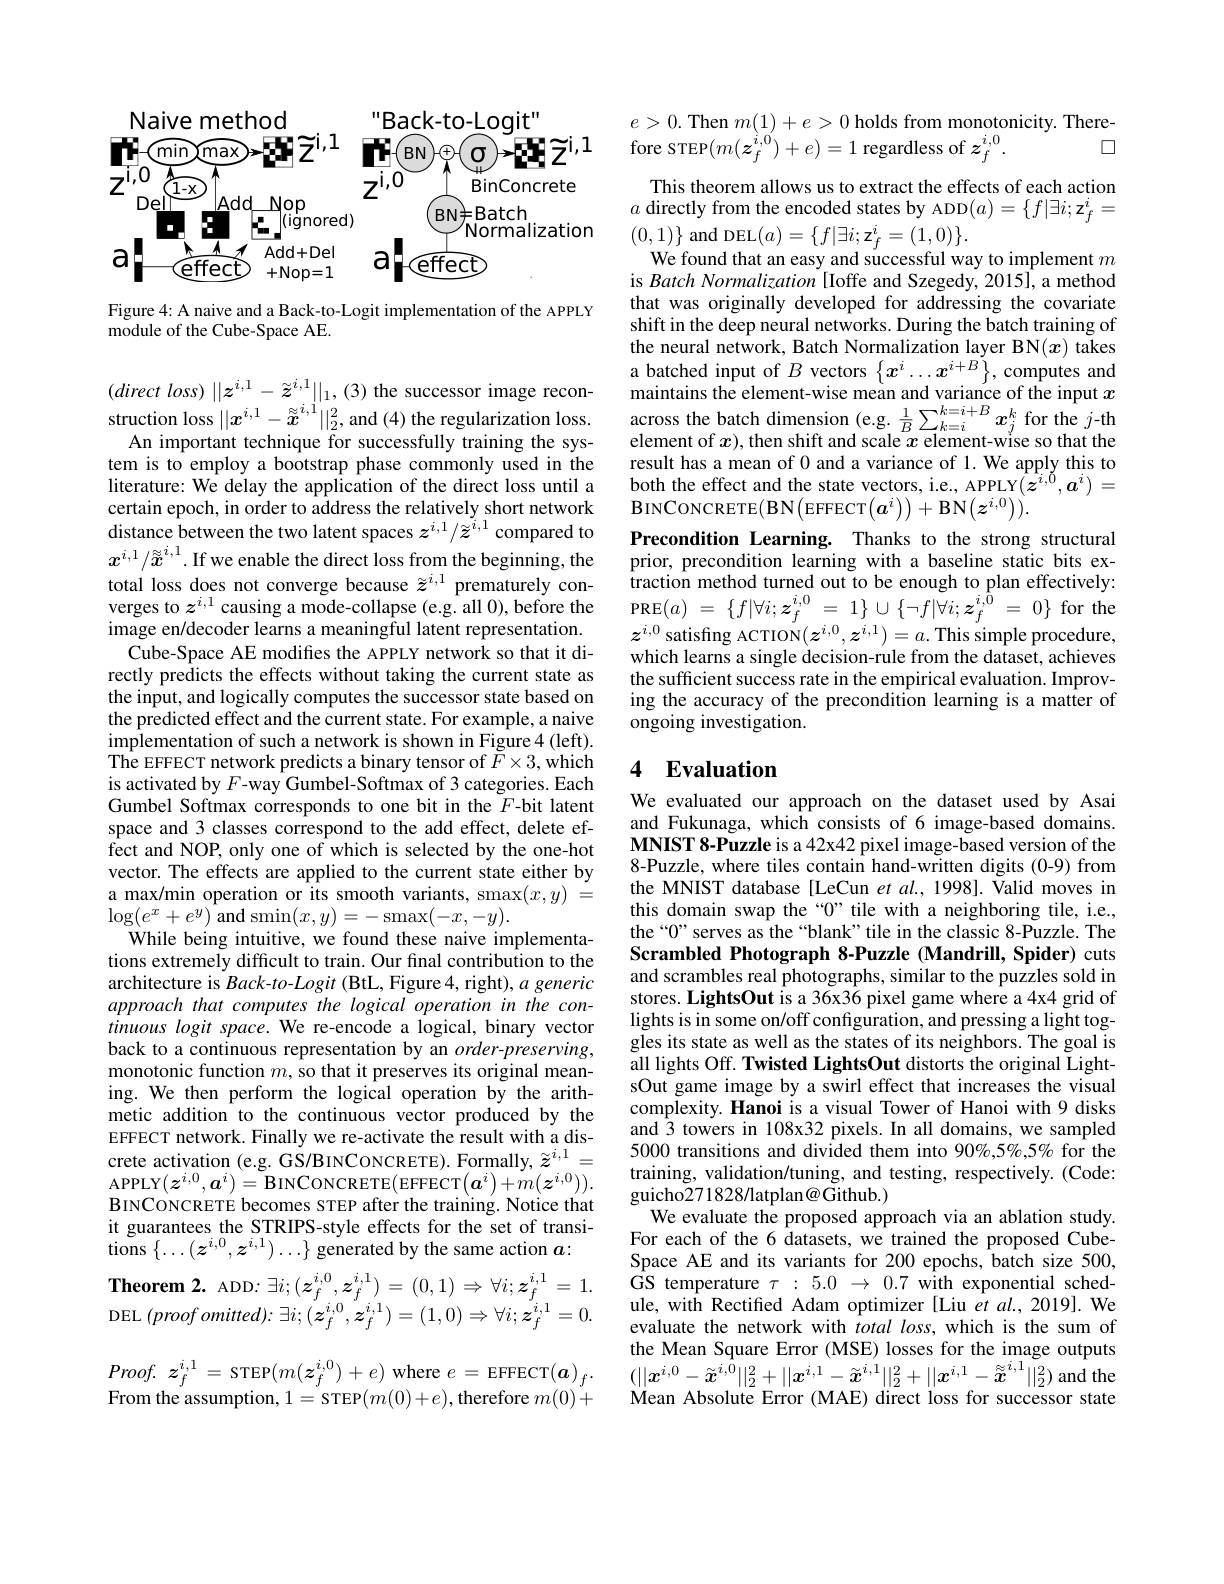
Naive method
Back-to-Loqit"
$\mathbf{H}_{\text{ABCOma}}\times\mathbf{E}^{i,1}$ FECN$\oplus \textcircled {\mathrm{o} }\to \mathbf{E} \widetilde{\mathrm{Z} } ^{i, 1}$
$z^{\mathrm{i,0}}\underbrace{z^{\mathrm{i,0}}}_{\underbrace{1-x}}$
$z^{\mathrm{i,0}}$
BinConcrete
$|_{\mathrm{Add}}$ Nop
Del
$BN\neq Batch$
$\square\underline{\text{Aud} \square}$
Normalization
$a!\xrightarrow{\text{effect}}$Add+Del
$a_{\text{Heffect}}$

Figure 4: A naive and a Back-to-Logit implementation of the APPLY
$\bar{\text{module of the Cube-Space AE}}.$

$( direct\textit{loss) }| | z^{i, 1}- \tilde{z} ^{i, 1}| | _1, ( 3)$ the successor image recon-
An important technique for successfully training the system is to employ a bootstrap phase commonly used in the literature: We delay the application of the direct loss until a certain epoch, in order to address the relatively short network distance between the two latent spaces $z^i,1/\tilde{z}^{i,1}$ compared to $x^{i,1}/\tilde{x}^{i,1}.$If we enable the direct loss from the beginning, the total loss does not converge because $\widetilde z^{i,1}$ prematurely converges to $z^i,1$ causing a mode-collapse (e.g. all 0),before the image en/decoder learns a meaningful latent representation.
Cube-Space AE modifes the APPLY network so that it directly predicts the effects without taking the current state as the input, and logically computes the successor state based on the predicted effect and the current state. For example, a naive implementation of such a network is shown in Figure 4 (left). $\hat{\text{The EFFECT network predicts a binary tensor of }\tilde{F}\times3,\mathrm{which}}$ is activated by $F$-way Gumbel-Softmax of 3 categories. Each Gumbel Softmax corresponds to one bit in the $F$-bit latent space and 3 classes correspond to the add effect, delete effect and NOP, only one of which is selected by the one-hot vector. The effects are applied to the current state either by a max/min operation or its smooth variants, $\operatorname*{smax}(x,y)=$ $\log(e^{x}+e^{y})$and$\operatorname*{smin}(x,y)=-\operatorname*{smax}(-x,-y).$
While being intuitive, we found these naive implementations extremely difficult to train. Our final contribution to the architecture is Back-to-Logit (BtL, Figure 4, right), a generic approach that computes the logical operation in the continuous logit space. We re-encode a logical, binary vector back to a continuous representation by an $order-preserving$, monotonic function $m$, so that it preserves its original meaning. We then perform the logical operation by the arithmetic addition to the continuous vector produced by the EFFECT network. Finally we re-activate the result with a discrete activation (e.g. GS/BINCONCRETE). Formally, $\tilde{z}^{i,1}=$ APPLY$(\boldsymbol z^{i,0},\boldsymbol{a}^i)=$BINCONCRETE$(\boldsymbol a^i)+m(\boldsymbol z^{i,0})).$ BINCONCRETE becomes STEP after the training. Notice that it guarantees the STRIPS-style effects for the set of transi- $\textbf{Theorem 2. ADD: }\exists i; ( z_{f}^{i, 0}, z_{f}^{i, 1}) = ( 0, 1) \Rightarrow \forall i; z_{f}^{i, 1}= 1.$ DEL $(proofomitted)\colon\exists i;(z_{f}^{i,0},z_{f}^{i,1})=(1,0)\Rightarrow\forall i;z_{f}^{i,1}=0.$

$Proof.$ $z_{f}^{i, 1}=$ STEP$(m(\boldsymbol{z}_{f}^{i,0})+e)$ where $e=$ EFFECT$(\boldsymbol a)_f.$

From the assumption, 1= STEP$( m( 0) + e) $,therefore $m(0)+$

$e>0.$ Then $m(1)+e>0$ holds from monotonicity. There-
$\square$
fore sTEP$(m(\boldsymbol{z}_{f}^{i,0})+e)=1$ regardless of $\boldsymbol z_f^{i,0}.$

This theorem allows us to extract the effects of each action $a$ directly from the encoded states by ADD$(a)=\{f|\exists i;\mathbf{z}_f^i=$

$(0,1)\}$ and DEL$(a)=\{f|\exists i;\mathbf{z}_{f}^{i}=(1,0)\}.$
We found that an easy and successful way to implement $m$ is Batch Normalization [Ioffe and Szegedy, 2015], a method that was originally developed for addressing the covariate shift in the deep neural networks. During the batch training of the neural network, Batch Normalization layer BN$( x)$ takes a batched input of $B$ vectors $\{ x^i\ldots x^{i+ B}\} $, computes and maintains the element- wise mean and variance of the input $x$
element of $x)$,then shift and scale $x$ element-wise so that the result has a mean of 0 and a variance of 1. We apply this to $\begin{array}{l}{\mathrm{both~the~effect~and~the~state~vectors,~i.e.,~APPLY}(\boldsymbol{z}^{i,\tilde{0}},\boldsymbol{a}^{i})=}\\{\mathrm{BINCONCRETE(BN(EFFECT(a^{i}))+BN}(\boldsymbol{z}^{i,0})).}\end{array}$ Precondition Learning. Thanks to the strong structural prior, precondition learning with a baseline static bits extraction method turned out to be enough to plan effectively: PRE$( a)$ = $\{ f| \forall i; z_{f}^{i, 0}$ = $1\}$ $\cup$ $\{ \neg f| \forall i; z_{f}^{i, \hat{0} }$ = $0\}$ for the $z^{i,0}$ satisfıng ACTION$(z^i,0,z^{i,1})=a.$ This simple procedure, which learns a single decision-rule from the dataset, achieves the sufficient success rate in the empirical evaluation. Improving the accuracy of the precondition learning is a matter of ongoing investigation.

## 4 Evaluation

We evaluated our approach on the dataset used by Asai and Fukunaga, which consists of 6 image-based domains. MNIST 8-Puzzle is a 42x42 pixel image-based version of the 8-Puzzle, where tiles contain hand-written digits (0-9) from the MNIST database [LeCun et al., 1998]. Valid moves in this domain swap the“0” tile with a neighboring tile, i.e., the“0”serves as the“blank”tile in the classic 8-Puzzle. The Scrambled Photograph 8-Puzzle (Mandrill, Spider) cuts and scrambles real photographs, similar to the puzzles sold in stores. LightsOut is a 36x36 pixel game where a 4x4 grid of lights is in some on/off configuration, and pressing a light toggles its state as well as the states of its neighbors. The goal is all lights Off. Twisted LightsOut distorts the original LightsOut game image by a swirl effect that increases the visual complexity. Hanoi is a visual Tower of Hanoi with 9 disks and 3 towers in 108x32 pixels. In all domains, we sampled 5000 transitions and divided them into 90%,5%,5% for the training, validation/tuning, and testing, respectively. (Code: guicho271828/latplan@ Github.)
We evaluate the proposed approach via an ablation study. For each of the 6 datasets, we trained the proposed CubeSpace AE and its variants for 200 epochs, batch size 500, GS temperature $\tau:5.0~\to~0.7~{\hat{\text{with exponential sched-}}}$ ule, with Rectified Adam optimizer [Liu $et$ al., 2019]. We evaluate the network with total $loss$, which is the sum of the Mean Square Error (MSE) losses for the image outputs $(||x^{i,0}-\tilde{\boldsymbol{x}}^{i,0}||_2^2+||\boldsymbol{x}^{i,1}-\tilde{\boldsymbol{x}}^{i,1}||_2^2+||\boldsymbol{x}^{i,1}-\tilde{\boldsymbol{x}}^{i,1}||_2^2)$ and the Mean Absolute Error (MAE) direct loss for successor state